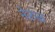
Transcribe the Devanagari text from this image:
नेरुळ